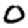
Digit: 0